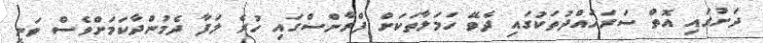
ދަށުގައި އޮތް ސަރަހައްދުތަކުގައި ދެވޭ ހަމަލާތަކަށް ފްރާންސްގައި ހުރެ ލަފާ ދެމުންދާކަމަށްވެސް ވަނީ